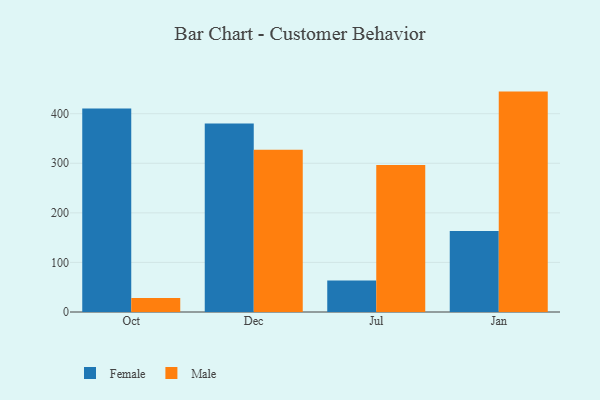
{"axis": {"x": "Month", "y": "Tickets Resolved"}, "legend": ["Female", "Male"], "data": [{"x": "Oct", "y": 410.4, "type": "Female"}, {"x": "Oct", "y": 28.4, "type": "Male"}, {"x": "Dec", "y": 380.4, "type": "Female"}, {"x": "Dec", "y": 327.2, "type": "Male"}, {"x": "Jul", "y": 63.7, "type": "Female"}, {"x": "Jul", "y": 296.5, "type": "Male"}, {"x": "Jan", "y": 163.5, "type": "Female"}, {"x": "Jan", "y": 444.6, "type": "Male"}]}